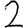
Digit: 2